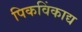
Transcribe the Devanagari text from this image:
पिकविंकाद्य